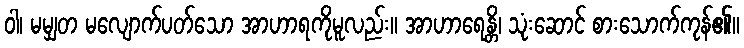
ဝါ၊ မမျှတ မလျောက်ပတ်သော အာဟာရကိုမူလည်း။ အာဟာရေန္တိ၊ သုံးဆောင် စားသောက်ကုန်၏။